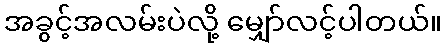
အခွင့်အလမ်းပဲလို့ မျှော်လင့်ပါတယ်။